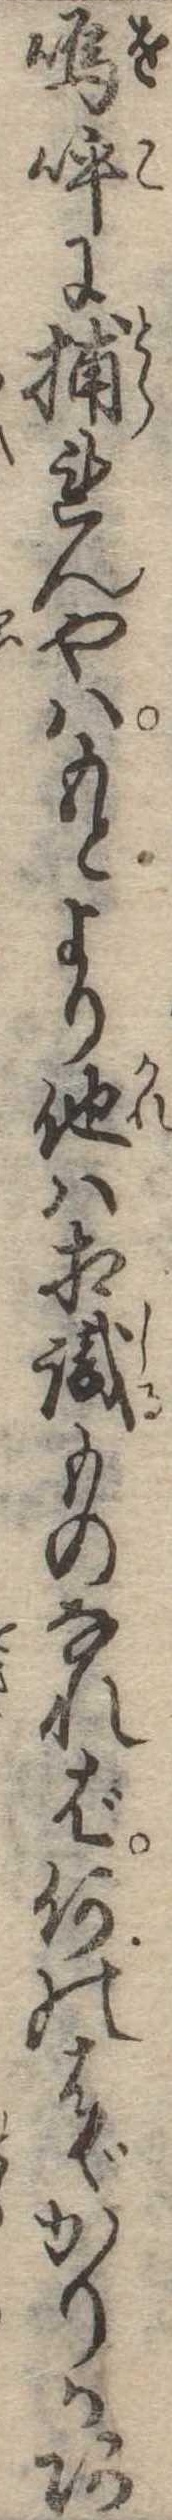
嗚呼に捕れんやはもとより他は相識ものなれば何のはゞかりかあ